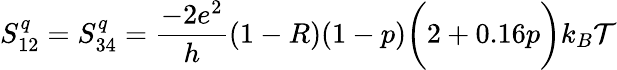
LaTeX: {S_{12}^{q}=S_{34}^{q}=\frac{-2e^{2}}{h}(1-R)(1-p)\bigg(2+0.16p\bigg)k_{B}\mathcal{T}}